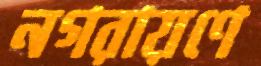
নগরায়ণে